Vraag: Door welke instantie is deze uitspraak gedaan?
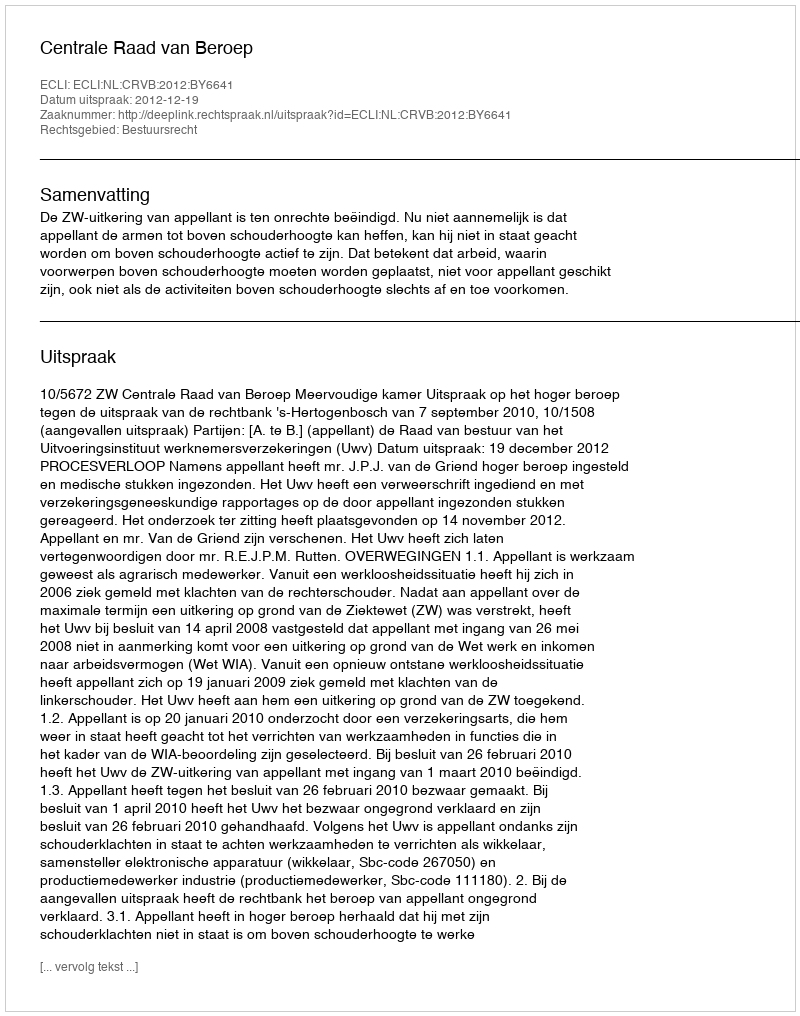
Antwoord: Centrale Raad van Beroep